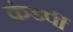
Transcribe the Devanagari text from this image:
कंडर्पी